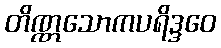
တိဏ္ဏသောကပရိဒ္ဒဝေ